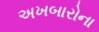
અખબારોના